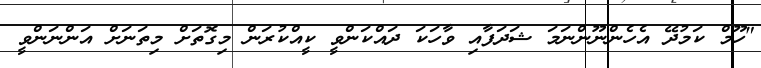
"ހޫމް ކަމުދޭ އެހެންނޫންނަމަ ޝަދަފާއި ވާހަކަ ދައްކަންވީ ކީއްކުރަން މިގޮތަށް މިތަނަށް އަންނަންވީ